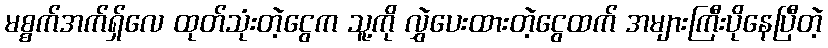
မစ္စက်အက်ရှ်လေ ထုတ်သုံးတဲ့ငွေက သူ့ကို လွှဲပေးထားတဲ့ငွေထက် အများကြီးပိုနေပြီတဲ့